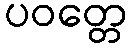
ပဝတ္တေ